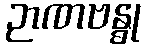
ဉာဏဗန္ဓု